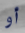
أو